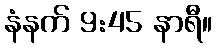
နံနက် 9:45 နာရီ။